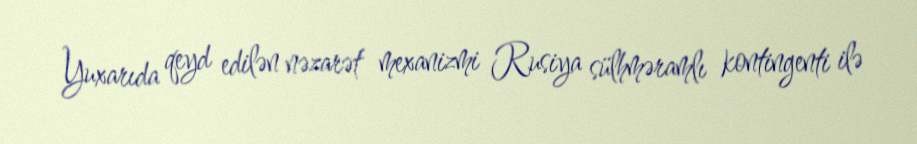
Yuxarıda qeyd edilən nəzarət mexanizmi Rusiya sülhməramlı kontingenti ilə